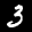
Label: 3